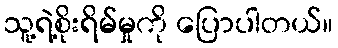
သူ့ရဲ့စိုးရိမ်မှုကို ပြောပါတယ်။